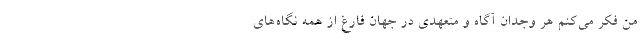
من فکر می‌کنم هر وجدان آگاه و متعهدی در جهان فارغ از همه نگاه‌های